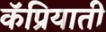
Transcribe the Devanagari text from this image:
कॅप्रियाती